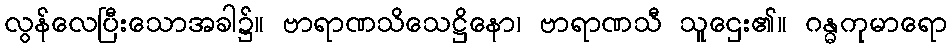
လွန်လေပြီးသောအခါ၌။ ဗာရာဏသိသေဋ္ဌိနော၊ ဗာရာဏသီ သူဌေး၏။ ဂန္ဓကုမာရော